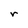
Character: r